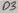
Text: D3